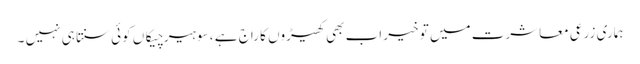
ہماری زرعی معاشرت میں تو خیر اب بھی کھیڑوں کا راج ہے ، سو ہیر چیکاں کوئی سنتا ہی نہیں ۔